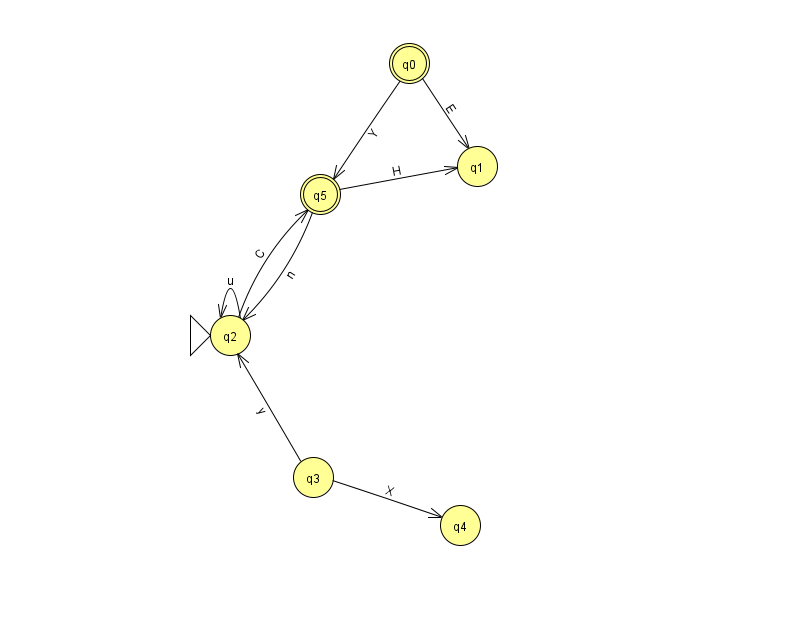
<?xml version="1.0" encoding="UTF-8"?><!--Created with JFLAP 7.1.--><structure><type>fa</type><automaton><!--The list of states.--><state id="0" name="q0"><x>409.0</x><y>50.0</y><final/></state><state id="1" name="q1"><x>477.0</x><y>153.0</y></state><state id="2" name="q2"><x>230.0</x><y>322.0</y><initial/></state><state id="3" name="q3"><x>313.0</x><y>464.0</y></state><state id="4" name="q4"><x>460.0</x><y>512.0</y></state><state id="5" name="q5"><x>320.0</x><y>181.0</y><final/></state><!--The list of transitions.--><transition><from>0</from><to>1</to><read>E</read></transition><transition><from>0</from><to>5</to><read>Y</read></transition><transition><from>5</from><to>2</to><read>n</read></transition><transition><from>5</from><to>1</to><read>H</read></transition><transition><from>2</from><to>2</to><read>u</read></transition><transition><from>3</from><to>2</to><read>y</read></transition><transition><from>3</from><to>4</to><read>X</read></transition><transition><from>2</from><to>5</to><read>C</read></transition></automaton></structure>